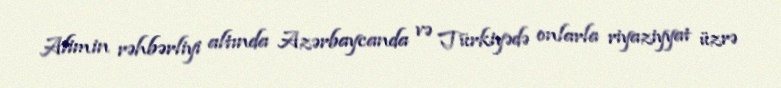
Alimin rəhbərliyi altında Azərbaycanda və Türkiyədə onlarla riyaziyyat üzrə